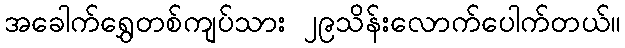
အခေါက်ရွှေတစ်ကျပ်သား ၂၉သိန်းလောက်ပေါက်တယ်။